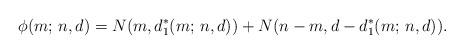
LaTeX: \begin{align*}\phi(m;\, n,d)=N(m,d_1^{*}(m;\, n,d))+N(n-m,d-d_1^{*}(m;\, n,d)).\end{align*}